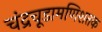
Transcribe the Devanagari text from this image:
चंद्रचूडामणिशतक